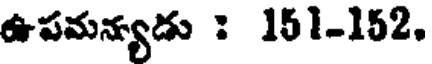
ఉపమన్యడు : 151-152.